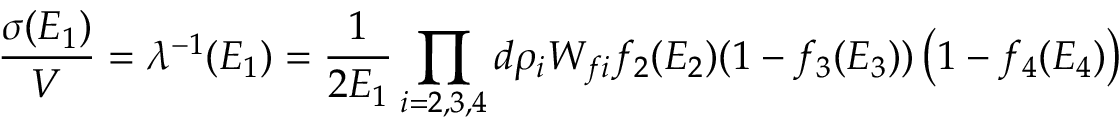
\frac { \sigma ( E _ { 1 } ) } { V } = \lambda ^ { - 1 } ( E _ { 1 } ) = \frac { 1 } { 2 E _ { 1 } } \prod _ { i = 2 , 3 , 4 } d \rho _ { i } W _ { f i } f _ { 2 } ( E _ { 2 } ) ( 1 - f _ { 3 } ( E _ { 3 } ) ) \left( 1 - f _ { 4 } ( E _ { 4 } ) \right)